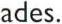
ades.